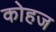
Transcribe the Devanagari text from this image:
कोहज